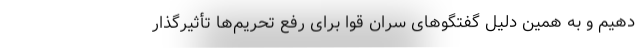
دهیم و به همین دلیل گفتگوهای سران قوا برای رفع تحریم‌ها تأثیرگذار